Dysentery and liver abscess in Bombay - Number 47
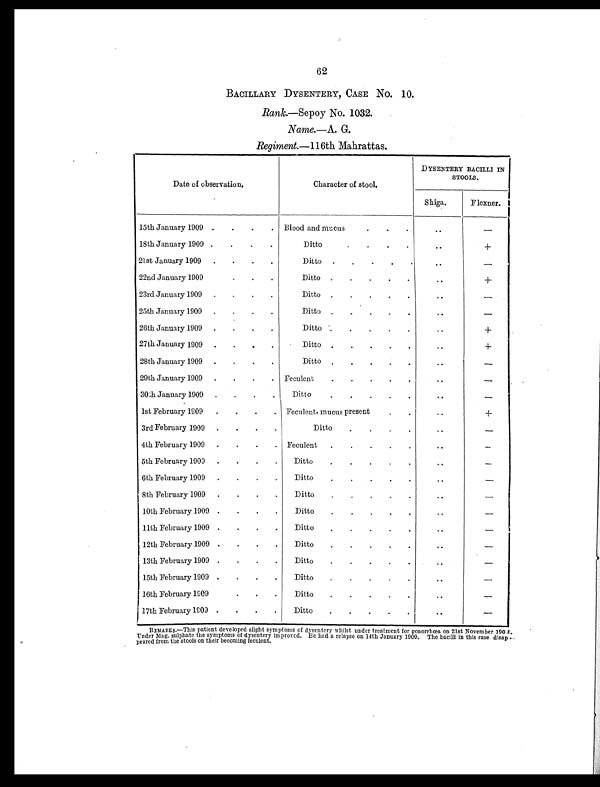
62
BACILLARY DYSENTERY, CASE No. 10.
Rank.—Sepoy No. 1032.
Name.—A. G.
Regiment.- 116th Mahrattas.
Date of observation.
Character of stool.
DYSENTERY BACILLI IN
STOOLS.
Shiga.
Flexner.
15th January 1909 .
.
.
. Blood and mucus
.
..
–
18th January 1909 .
.
.
.
Ditto. .
.
. .
+
21st January 1909 .
.
.
.
Ditto .
.
. . .
..
–
22nd January 1909
.
.
Ditto .
.
.
.
..
+
23rd January 1909 .
.
.
.
Ditto .
.
.
. .
. .
–
25th January 1909 .
.
.
.
Ditto .
. . . .
..
–
26th January 1909 .
.
.
.
Ditto .
.
.
.
.
..
+
27th January 1909 .
.
.
.
Ditto .
.
.
.
. ..
+
28th January 1909 .
.
.
.
Ditto .
. . .
..
–
29th January 1909
.
.
. Feculent
.
.
.
.
.
..
–
30th January 1909 .
.
.
.
Ditto
.
.
. . .
. .
–
1st February 1909 .
.
.
. Feculent, mucus presen
t
.
..
+
3rd February 1909 .
.
.
.
Ditto
.
.
.
.
..
–
4th February 1909 .
.
.
. Feculent .
.
.
.
.
..
–
5th February 1903 .
.
.
.
Ditto
.
. . .
..
–
6th February 1909 .
.
.
.
Ditto
. . . .
..
–
8th February 1909 .
.
.
.
Ditto
.
.
.
.
. .
–
10th February 1909 .
.
.
.
Ditto
.
.
.
.
. ..
–
11th February 1909 .
.
.
.
Ditto
.
.
.
.
.
..
–
12th February 1909 .
.
.
.
Ditto
.
.
.
.
. .
–
13th February 1909 .
.
.
.
Ditto
.
.
.
.
. ..
–
15th February 1909 .
.
.
.
Ditto
.
.
.
.
.
. .
–
16th February 1909
.
.
.
Ditto
.
.
.
..
–
17th February 1903 .
.
.
.
Ditto
.
.
.
. .
–
REMARKS.—This patient developed slight symptoms of dysentery whilst under treatment for gonorrhœa on 21st November 1908.
U n d e r M a g . s u l p h a t e t h e s y m p t o m s o f d y s e n t e r y i m p r o v e d . B e h a d a r e l a p s e o n 1 4 t h J a n u a r y 1 9 0 9 . T h e b a c i l l i i n t h i s c a s e d i s a p -
peared from the stools on their becoming feculent.